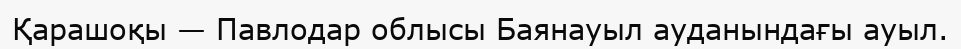
Қарашоқы — Павлодар облысы Баянауыл ауданындағы ауыл.